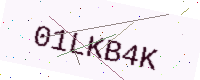
Text: 01LKB4K